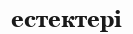
естектері